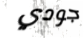
جودي